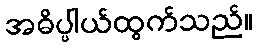
အဓိပ္ပါယ်ထွက်သည်။